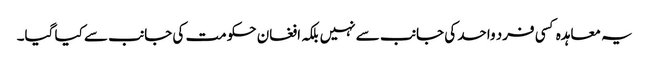
یہ معاہدہ کسی فرد واحد کی جانب سے نہیں بلکہ افغان حکومت کی جانب سے کیا گیا۔